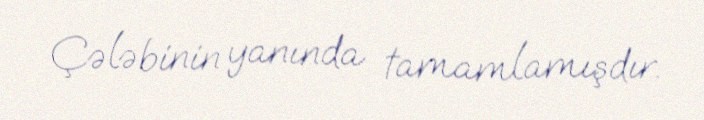
Çələbinin yanında tamamlamışdır.